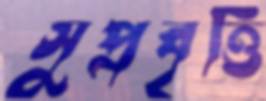
সুপ্রবৃত্তি